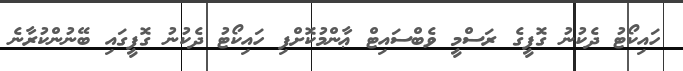
ހައިކޯޓު ދެކުނު ގޮފީގެ ރަސްމީ ވެބްސައިޓް ޢާންމުކޮށްފި ހައިކޯޓު ދެކުނު ގޮފީގައި ބޭނުންކުރާނެ